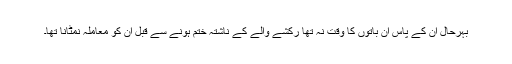
بہرحال ان کے پاس ان باتوں کا وقت نہ تھا رکشے والے کے ناشتہ ختم ہونے سے قبل ان کو معاملہ نمٹانا تھا۔